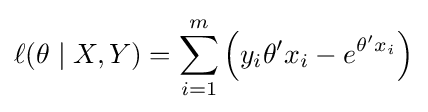
\ell (\theta \mid X,Y)=\sum _{i=1}^{m}\left(y_{i}\theta 'x_{i}-e^{\theta 'x_{i}}\right)